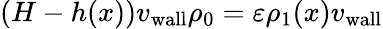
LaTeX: (H-h(x)){v_{\mathrm{wall}}}\rho_{0}=\varepsilon\rho_{1}(x){v_{\mathrm{wall}}}